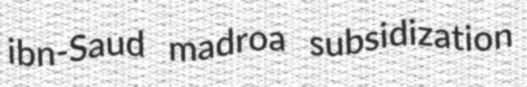
ibn-Saud madroa subsidization